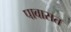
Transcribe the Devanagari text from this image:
पावासत